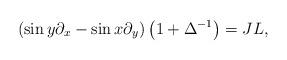
LaTeX: \begin{align*}\left( \sin y\partial_{x}-\sin x\partial_{y}\right) \left( 1+\Delta^{-1}\right) =JL,\ \end{align*}